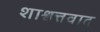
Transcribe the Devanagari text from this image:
शाश्वत्तवाद